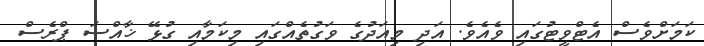
ކަމަށްވެސް އެޓްވީޓުގައި ވެއެވެ. އަދި މިއަދުގެ ވަގުތެއްގައި މިކަމާއި ގުޅޭ ޚާއްސަ ޕްރެސް